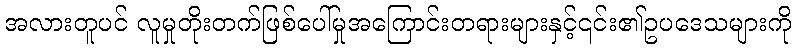
အလားတူပင် လူမှုတိုးတက်ဖြစ်ပေါ်မှုအကြောင်းတရားများနှင့်၎င်း၏ဥပဒေသများကို